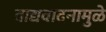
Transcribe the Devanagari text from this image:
वाद्यवादनामुळे